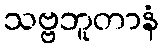
သဗ္ဗဘူတာနံ